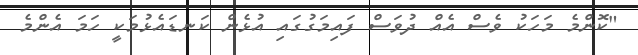
"ކޮންމެ މަހަކު ވެސް އެއް ދުވަސް ފައިމަގުގައި އުޅެން ކަނޑައެޅުމަކީ ހަމަ އެންމެ